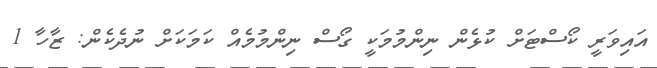
އައިވަރީ ކޯސްޓަށް ކުޅެން ނިންމުމަކީ ގޯސް ނިންމުމެއް ކަމަކަށް ނުދެކެން: ޒާހާ 1